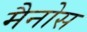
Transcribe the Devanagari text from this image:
मैनोस